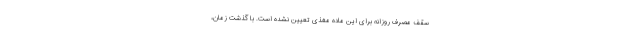
سقف مصرف روزانه برای این ماده مغذی تعیین نشده است. با گذشت زمان،